Civil Veterinary Dept. North-West Frontier Province 1901-22 - 1901-1922
Year: 1901
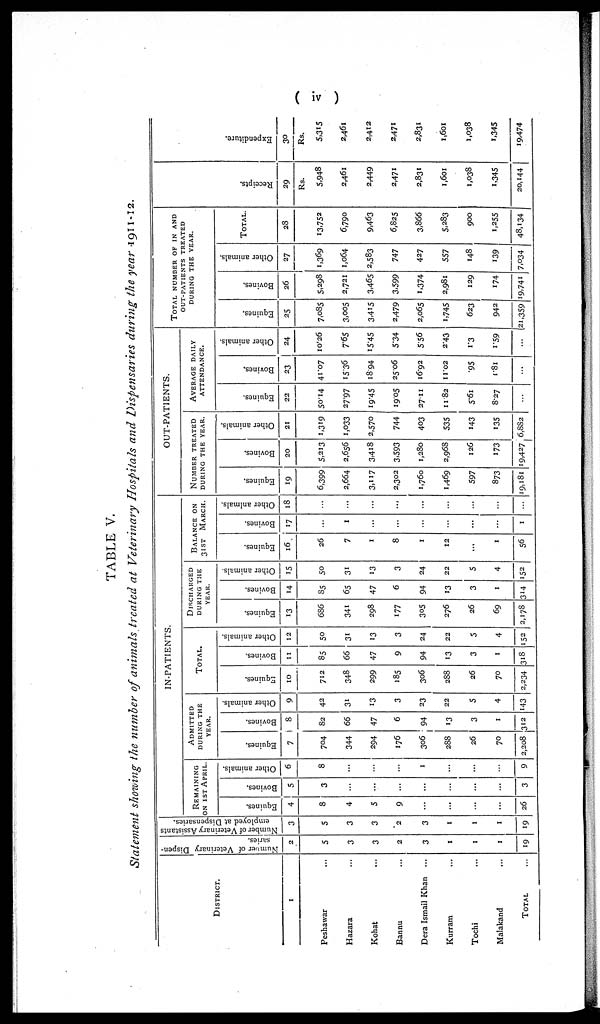
( iv )
TABLE V.
Statement showing the number of animals treated at Veterinary Hospitals and Dispensaries during the year 1911 -12.
DISTRICT.
1
Peshawar ...
Hazara ...
Kohat ...
Bannu ...
Dera Ismail Khan
...
Kurram ...
Tochi ...
Malakand ...
TOTAL ...
Number of Veterinary Dispen-
saries.
2
5
3
3
2
3
1
1
1
19
Number of Veterinary Assistants
employed at Dispensaries.
3
5
3
3
2
3
1
1
1
19
IN-PATIENTS.
REMAINING
ON 1ST APRIL.
Equines.
4
8
4
5
9
...
...
...
...
26
Bovines.
5
3
...
...
...
...
...
...
...
3
Other animals.
6
8
...
...
...
1
...
...
...
9
ADMITTED
DURING THE
YEAR.
Equines.
7
704
344
294
176
306
288
26
70
2,208
Bovines.
8
82
66
47
6
94
13
3
1
312
Other animals.
9
42
31
13
3
23
22
5
4
143
TOTAL.
Equines.
10
712
348
299
185
306
288
26
70
2,234
Bovines.
11
85
66
47
9
94
13
3
1
318
Other animals.
12
50
31
13
3
24
22
5
4
152
DISCHARGED
DURING THE
YEAR.
Equines.
13
686
341
298
177
305
276
26
69
2,178
Bovines.
14
85
65
47
6
94
13
3
1
314
Other animals.
15
50
31
13
3
24
22
5
4
152
BALANCE ON
31ST
MARCH.
Equines.
16
26
7
1
8
1
12
...
1
56
Bovines.
17
...
1
...
...
...
...
...
...
1
Other animals.
18
...
...
...
...
...
...
...
...
...
OUT-PATIENTS.
NUMBER TREATED
DURING THE YEAR.
Equines.
19
6,399
2,664
3,117
2,302
1,760
1,469
597
873
9,181
Bovines.
20
5,213
2,656
3,418
3,593
1,280
2,968
126
173
19,427
Other animals.
21
1,319
1,033
2,570
744
403
535
143
135
6,882
AVERAGE DAILY
ATTENDANCE.
Equines.
22
50.14
27.97
19.45
19.05
27.11
11.82
5.61
8.27
...
Bovines.
23
41.07
15.36
18.94
25.06
16.92
11.02
.95
1.81
...
Other animals.
24
10.26
7.65
15.45
5.34
5.56
2.43
1.3
1.59
...
TOTAL NUMBER OF IN AND
OUT-PATIENTS TREATED
DURING
THE
YEAR.
Equines.
25
7,085
3,005
3,415
2,479
2,065
1,745
623
942
21,359
Bovines.
26
5,298
2,721
3,465
3,599
1,374
2,981
129
174
19,741
Other animals.
27
1,369
1,064
2,583
747
427
557
148
139
7,034
TOTAL.
28
13,752
6,790
9,463
6,825
3,866
5,283
900
1,255
48,134
Receipts.
29
Rs.
5,948
2,461
2,449
2,471
2,831
1,601
1,038
1,345
20,144
Expenditure.
30
Rs.
5,315
2,461
2,412
2,471
2,831
1,601
1,038
1,345
19,474